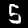
Label: 5